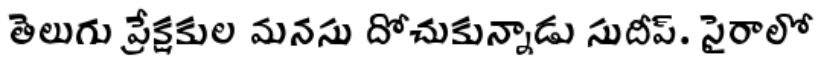
తెలుగు ప్రేక్షకుల మనసు దోచుకున్నాడు సుదీప్. సైరాలో